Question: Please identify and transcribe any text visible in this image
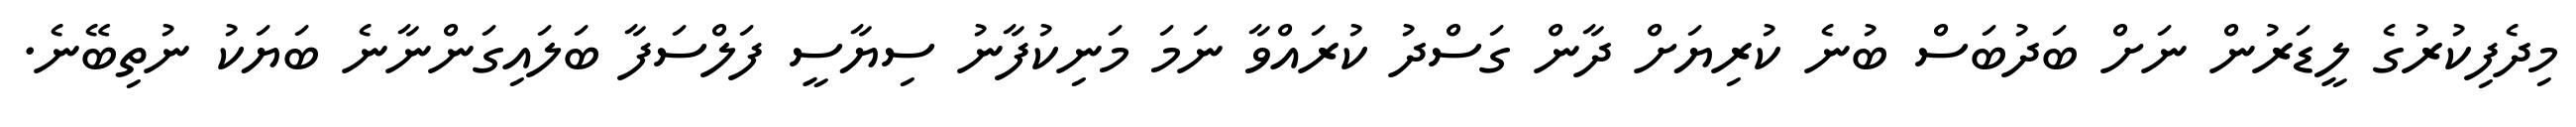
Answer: މިދެފިކުރުގެ ލީޑަރުން ނަށް ބަދުބަސް ބުނެ ކުރިޔަށް ދާން ގަސްދު ކުރައްވާ ނަމަ މަނިކުފާނު ސިޔާސީ ފަލްސަފާ ބަލައިގަންނާނެ ބަޔަކު ނުތިބޭނެ.